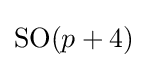
\mathrm {SO} (p+4)